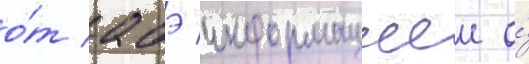
о́т абэ информациеи о́